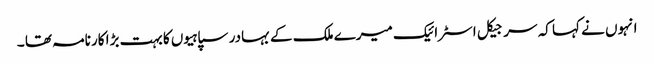
انہوں نے کہا کہ سرجیکل اسٹرائیک میرے ملک کے بہادر سپاہیوں کا بہت بڑا کارنامہ تھا ۔